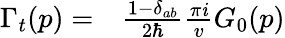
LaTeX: \begin{array}{rl}{\Gamma_{t}(p)=}&{{}\frac{1-\delta_{ab}}{2\hbar}\frac{\pi{\mathit i}}{v}G_{0}(p)}\end{array}